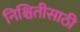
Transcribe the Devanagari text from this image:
निश्चितीसाठी